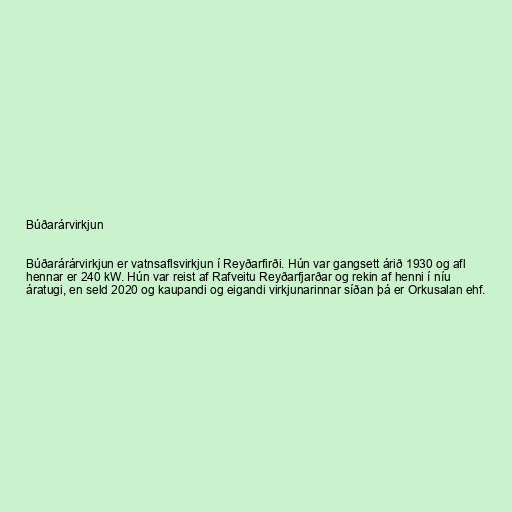
Búðarárvirkjun

Búðarárárvirkjun er vatnsaflsvirkjun í Reyðarfirði. Hún var gangsett árið 1930 og afl
hennar er 240 kW. Hún var reist af Rafveitu Reyðarfjarðar og rekin af henni í níu
áratugi, en seld 2020 og kaupandi og eigandi virkjunarinnar síðan þá er Orkusalan ehf.